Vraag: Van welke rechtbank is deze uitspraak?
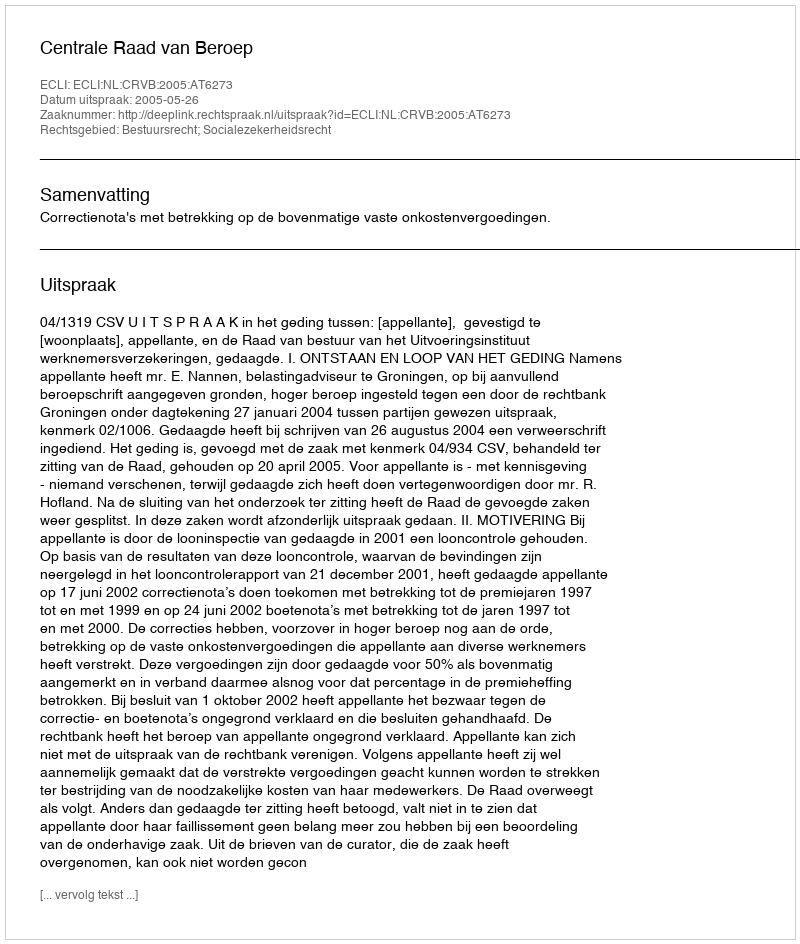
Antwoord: Centrale Raad van Beroep